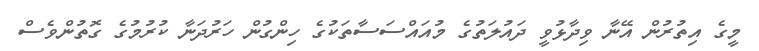
މީގެ އިތުރުން އޭނާ ވިދާޅުވީ ދައުލަތުގެ މުއައްސަސާތަކުގެ ހިންގުން ހަރުދަނާ ކުރުމުގެ ގޮތުންވެސް